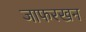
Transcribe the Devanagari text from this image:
जाफरखन